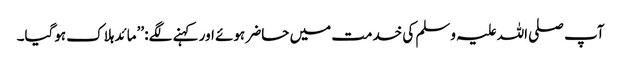
آپ صلی اللہ علیہ وسلم کی خدمت میں حاضر ہوئے اور کہنے لگے: ’’مائد ہلاک ہوگیا۔